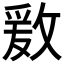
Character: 𱡟